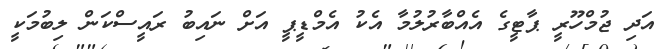
އަދި ޖުމްހޫރީ ޕާޓީގެ އެއްބާރުލުމާ އެކު އެމްޑީޕީ އަށް ނައިބު ރައީސްކަން ލިބުމަކީ